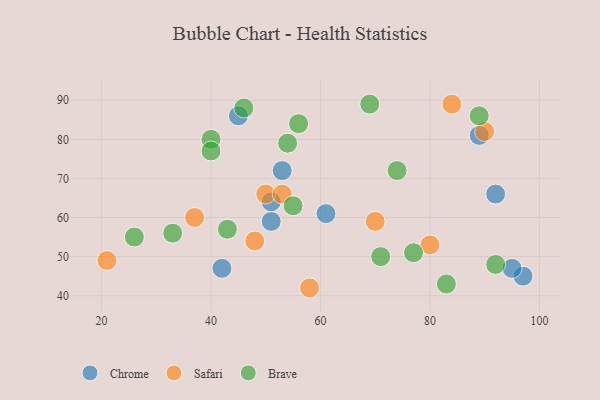
{"axis": {"x": "GDP", "y": "Life Expectancy"}, "legend": ["Brave", "Chrome", "Safari"], "data": [{"x": "61", "y": 61, "type": "Chrome"}, {"x": "51", "y": 59, "type": "Chrome"}, {"x": "53", "y": 72, "type": "Chrome"}, {"x": "92", "y": 66, "type": "Chrome"}, {"x": "51", "y": 64, "type": "Chrome"}, {"x": "89", "y": 81, "type": "Chrome"}, {"x": "42", "y": 47, "type": "Chrome"}, {"x": "45", "y": 86, "type": "Chrome"}, {"x": "97", "y": 45, "type": "Chrome"}, {"x": "95", "y": 47, "type": "Chrome"}, {"x": "48", "y": 54, "type": "Safari"}, {"x": "50", "y": 66, "type": "Safari"}, {"x": "58", "y": 42, "type": "Safari"}, {"x": "80", "y": 53, "type": "Safari"}, {"x": "84", "y": 89, "type": "Safari"}, {"x": "37", "y": 60, "type": "Safari"}, {"x": "21", "y": 49, "type": "Safari"}, {"x": "70", "y": 59, "type": "Safari"}, {"x": "90", "y": 82, "type": "Safari"}, {"x": "53", "y": 66, "type": "Safari"}, {"x": "46", "y": 88, "type": "Brave"}, {"x": "74", "y": 72, "type": "Brave"}, {"x": "43", "y": 57, "type": "Brave"}, {"x": "92", "y": 48, "type": "Brave"}, {"x": "26", "y": 55, "type": "Brave"}, {"x": "77", "y": 51, "type": "Brave"}, {"x": "69", "y": 89, "type": "Brave"}, {"x": "40", "y": 80, "type": "Brave"}, {"x": "33", "y": 56, "type": "Brave"}, {"x": "40", "y": 77, "type": "Brave"}, {"x": "89", "y": 86, "type": "Brave"}, {"x": "71", "y": 50, "type": "Brave"}, {"x": "56", "y": 84, "type": "Brave"}, {"x": "83", "y": 43, "type": "Brave"}, {"x": "55", "y": 63, "type": "Brave"}, {"x": "54", "y": 79, "type": "Brave"}]}